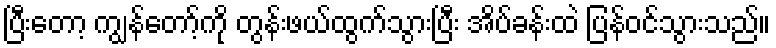
ပြီးတော့ ကျွန်တော့်ကို တွန်းဖယ်ထွက်သွားပြီး အိပ်ခန်းထဲ ပြန်ဝင်သွားသည်။